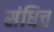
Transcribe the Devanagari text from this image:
संधिच